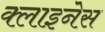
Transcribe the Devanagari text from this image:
क्लाइनेस